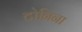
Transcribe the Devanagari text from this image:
टोनिना